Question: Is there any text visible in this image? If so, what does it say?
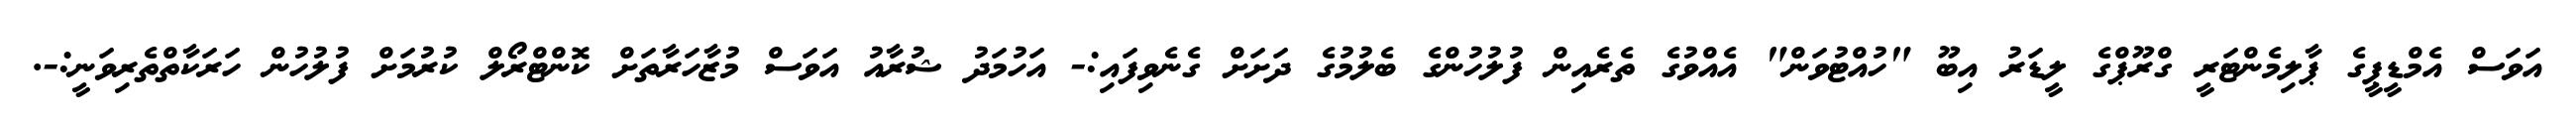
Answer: އަވަސް އެމްޑީޕީގެ ޕާލިމެންޓަރީ ގްރޫޕްގެ ލީޑަރު އިބޫ "ހުއްޓުވަން" އެއްވުގެ ތެރެއިން ފުލުހުންގެ ބެލުމުގެ ދަށަށް ގެނެވިފައި:- އަހުމަދު ޝުރާއު އަވަސް މުޒާހަރާތަށް ކޮންޓްރޯލް ކުރުމަށް ފުލުހުން ހަރަކާތްތެރިވަނީ:-.